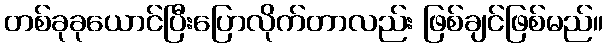
တစ်ခုခုယောင်ပြီးပြောလိုက်တာလည်း ဖြစ်ချင်ဖြစ်မည်။